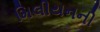
મિલીયનની